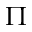
\Pi